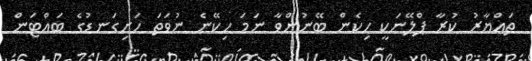
ތައްޔާރު ކުރާ ޕްލޭނަކީ ހިކެން ބޭނުންވާ ނަމަ ހިކޭނެ ނުވަތަ ހަށިގަނޑުގެ ބައްޓަން